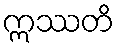
ဣဿတိ